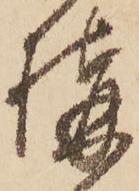
構